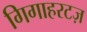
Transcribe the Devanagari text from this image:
गिगाहरटज़